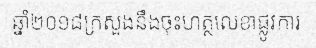
ឆ្នាំ២០១៨ក្រសួងនឹងចុះហត្ថលេខាផ្លូវការ